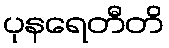
ပုနရေတီတိ